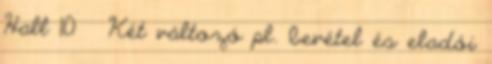
Hall 10  Két változó pl. bevétel és eladói